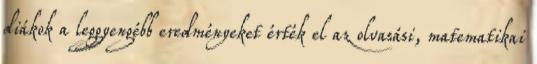
diákok a leggyengébb eredményeket érték el az olvasási, matematikai